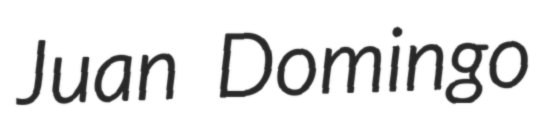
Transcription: Juan Domingo